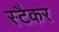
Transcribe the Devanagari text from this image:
स्टैकर